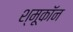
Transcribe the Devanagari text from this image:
श्मूकॉन